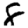
Digit: 8